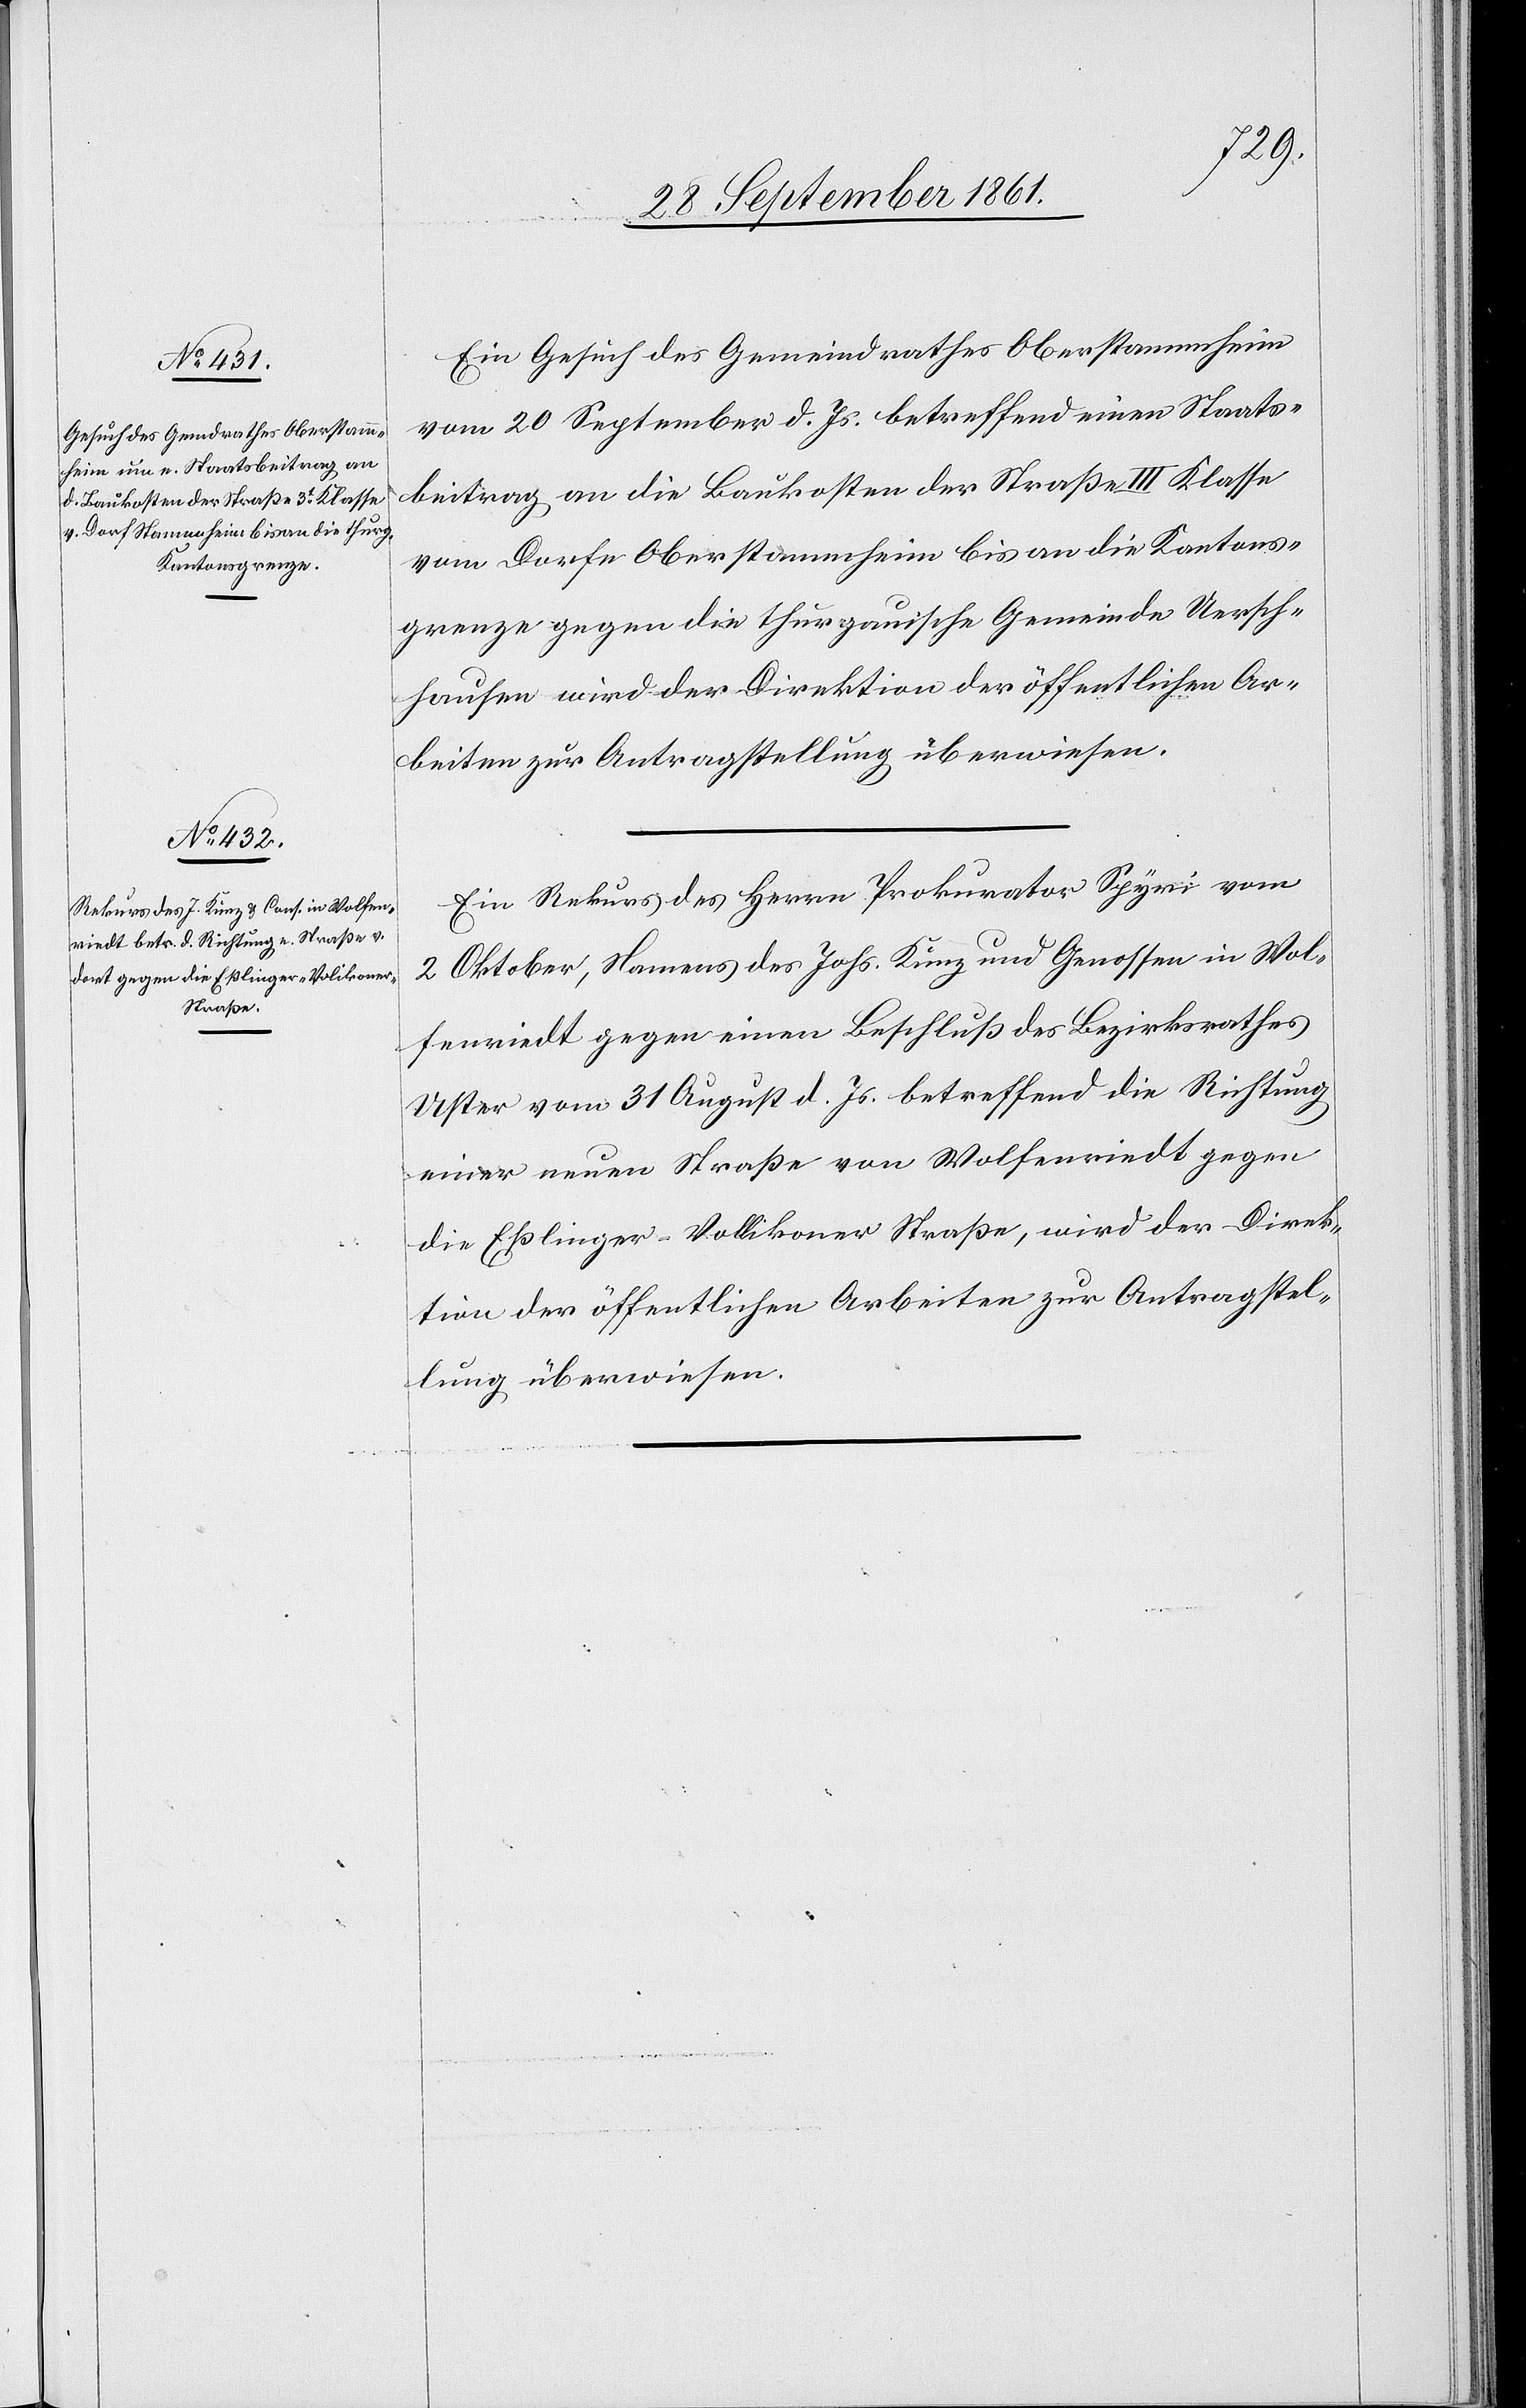
Ein Gesuch des Gemeindrathes Oberstammheim
vom 20 September d. Js. betreffend einen Staats¬
beitrag an die Baukosten der Straße III Klasse
vom Dorfe Oberstammheim bis an die Kantons¬
grenze gegen die thurgauische Gemeinde Uersch¬
hausen wird der Direktion der öffentlichen Ar¬
beiten zur Antragstellung überwiesen.
Ein Rekurs des Herrn Prokurator Spyri vom
2 Oktober, Namens des Johs. Kunz und Genossen in Wol¬
fenriedt gegen einen Beschluß des Bezirksrathes
Uster vom 31 August d. Js. betreffend die Richtung
einer neuen Straße von Wolfenriedt gegen
die Eßlinger-Volikoner Straße, wird der Direk¬
tion der öffentlichen Arbeiten zur Antragstel¬
lung überwiesen.